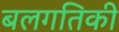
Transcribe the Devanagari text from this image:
बलगतिकी